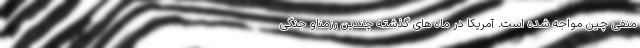
منفی چین مواجه شده است. آمریکا در ماه های گذشته چندین رزمناو جنگی